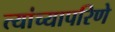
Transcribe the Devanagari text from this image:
त्यांच्यापरिणे